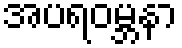
အပရဝမ္ဘနာ